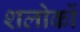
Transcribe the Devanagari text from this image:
शलोकों